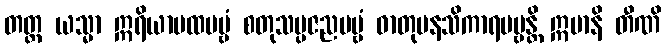
တတ္ထ ယသ္မာ ဣရိယာပထပဗ္ဗံ စတုသမ္ပဇညပဗ္ဗံ ဓာတုမနသိကာရပဗ္ဗန္တိ ဣမာနိ တီဏိ